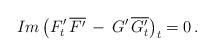
LaTeX: \begin{align*}Im\,\big( F'_t\,\overline{F'} \,-\,G'\, \overline{G'_t}\big)_t=0\,.\end{align*}